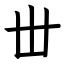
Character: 丗